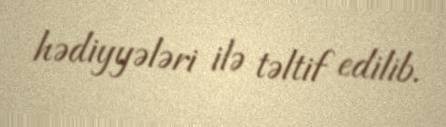
hədiyyələri ilə təltif edilib.